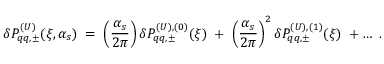
\delta P _ { q q , \pm } ^ { ( U ) } ( \xi , \alpha _ { s } ) \; = \; \left( \frac { \alpha _ { s } } { 2 \pi } \right) \delta P _ { q q , \pm } ^ { ( U ) , ( 0 ) } ( \xi ) \; + \; \left( \frac { \alpha _ { s } } { 2 \pi } \right) ^ { 2 } \delta P _ { q q , \pm } ^ { ( U ) , ( 1 ) } ( \xi ) \; + \ldots \; .